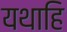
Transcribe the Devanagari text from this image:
यथाहि